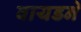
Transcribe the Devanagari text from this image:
वायडने